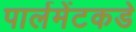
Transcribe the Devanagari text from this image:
पार्लमेंटकडे